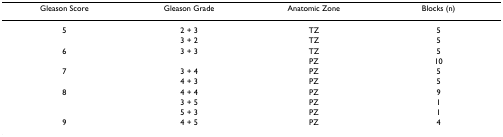
<table><thead><tr><td><b>Gleason Score</b></td><td><b>Gleason Grade</b></td><td><b>Anatomic Zone</b></td><td><b>Blocks (n)</b></td></tr></thead><tbody><tr><td>5</td><td>2 + 3</td><td>TZ</td><td>5</td></tr><tr><td></td><td>3 + 2</td><td>TZ</td><td>5</td></tr><tr><td>6</td><td>3 + 3</td><td>TZ</td><td>5</td></tr><tr><td></td><td></td><td>PZ</td><td>10</td></tr><tr><td>7</td><td>3 + 4</td><td>PZ</td><td>5</td></tr><tr><td></td><td>4 + 3</td><td>PZ</td><td>5</td></tr><tr><td>8</td><td>4 + 4</td><td>PZ</td><td>9</td></tr><tr><td></td><td>3 + 5</td><td>PZ</td><td>1</td></tr><tr><td></td><td>5 + 3</td><td>PZ</td><td>1</td></tr><tr><td>9</td><td>4 + 5</td><td>PZ</td><td>4</td></tr></tbody></table>